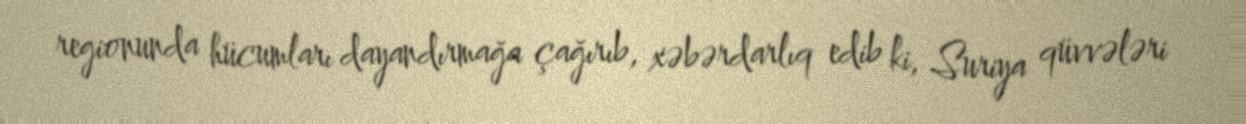
regionunda hücumları dayandırmağa çağırıb, xəbərdarlıq edib ki, Suriya qüvvələri